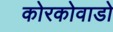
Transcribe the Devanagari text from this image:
कोरकोवाडो